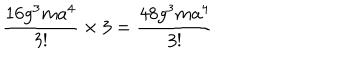
\frac { 1 6 g ^ { 3 } m a ^ { 4 } } { 3 ! } \times 3 = \frac { 4 8 g ^ { 3 } m a ^ { 4 } } { 3 ! }